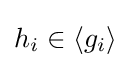
h_{i}\in \langle g_{i}\rangle